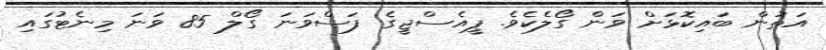
އަތުން ބައިކޮޅަށް ވަން ގޯލެކެވެ. ޕީއެސްޖީގެ ފަސްވަނަ ގޯލް 85 ވަނަ މިނެޓުގައި